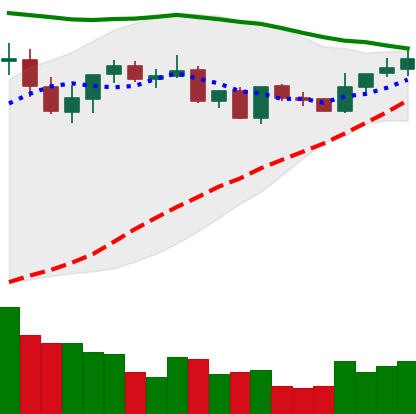
Ticker: XRP-USD
Chart end date: 2021-09-03
Forward return: -14.768%
Label: down_7plus